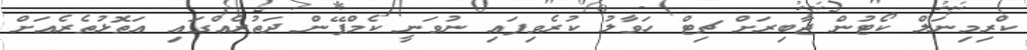
ކްރިމިނަލް ކޯޓުން ޖާބިރަށް ޗިޓް ހަވާލު ކުރެވިފައި ނުވަނީ ކެމްޕޭން ދަތުރެއްގައި އަތޮޅުތެރެއަށް